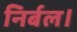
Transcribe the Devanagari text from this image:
निर्बल।